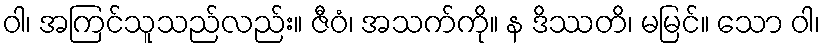
ဝါ၊ အကြင်သူသည်လည်း။ ဇီဝံ၊ အသက်ကို။ န ဒိဿတိ၊ မမြင်။ သော ဝါ၊